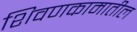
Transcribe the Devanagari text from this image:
शिवणकामातील